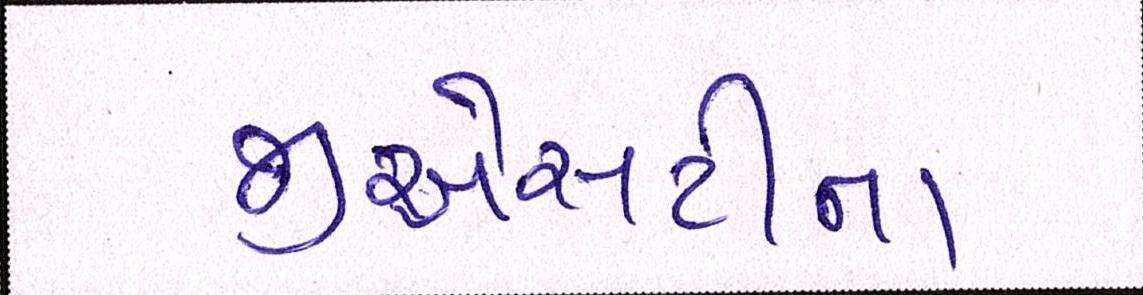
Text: જીએસટીના